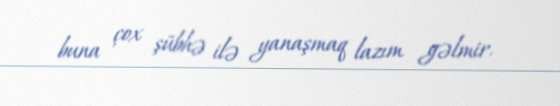
buna çox şübhə ilə yanaşmaq lazım gəlmir.